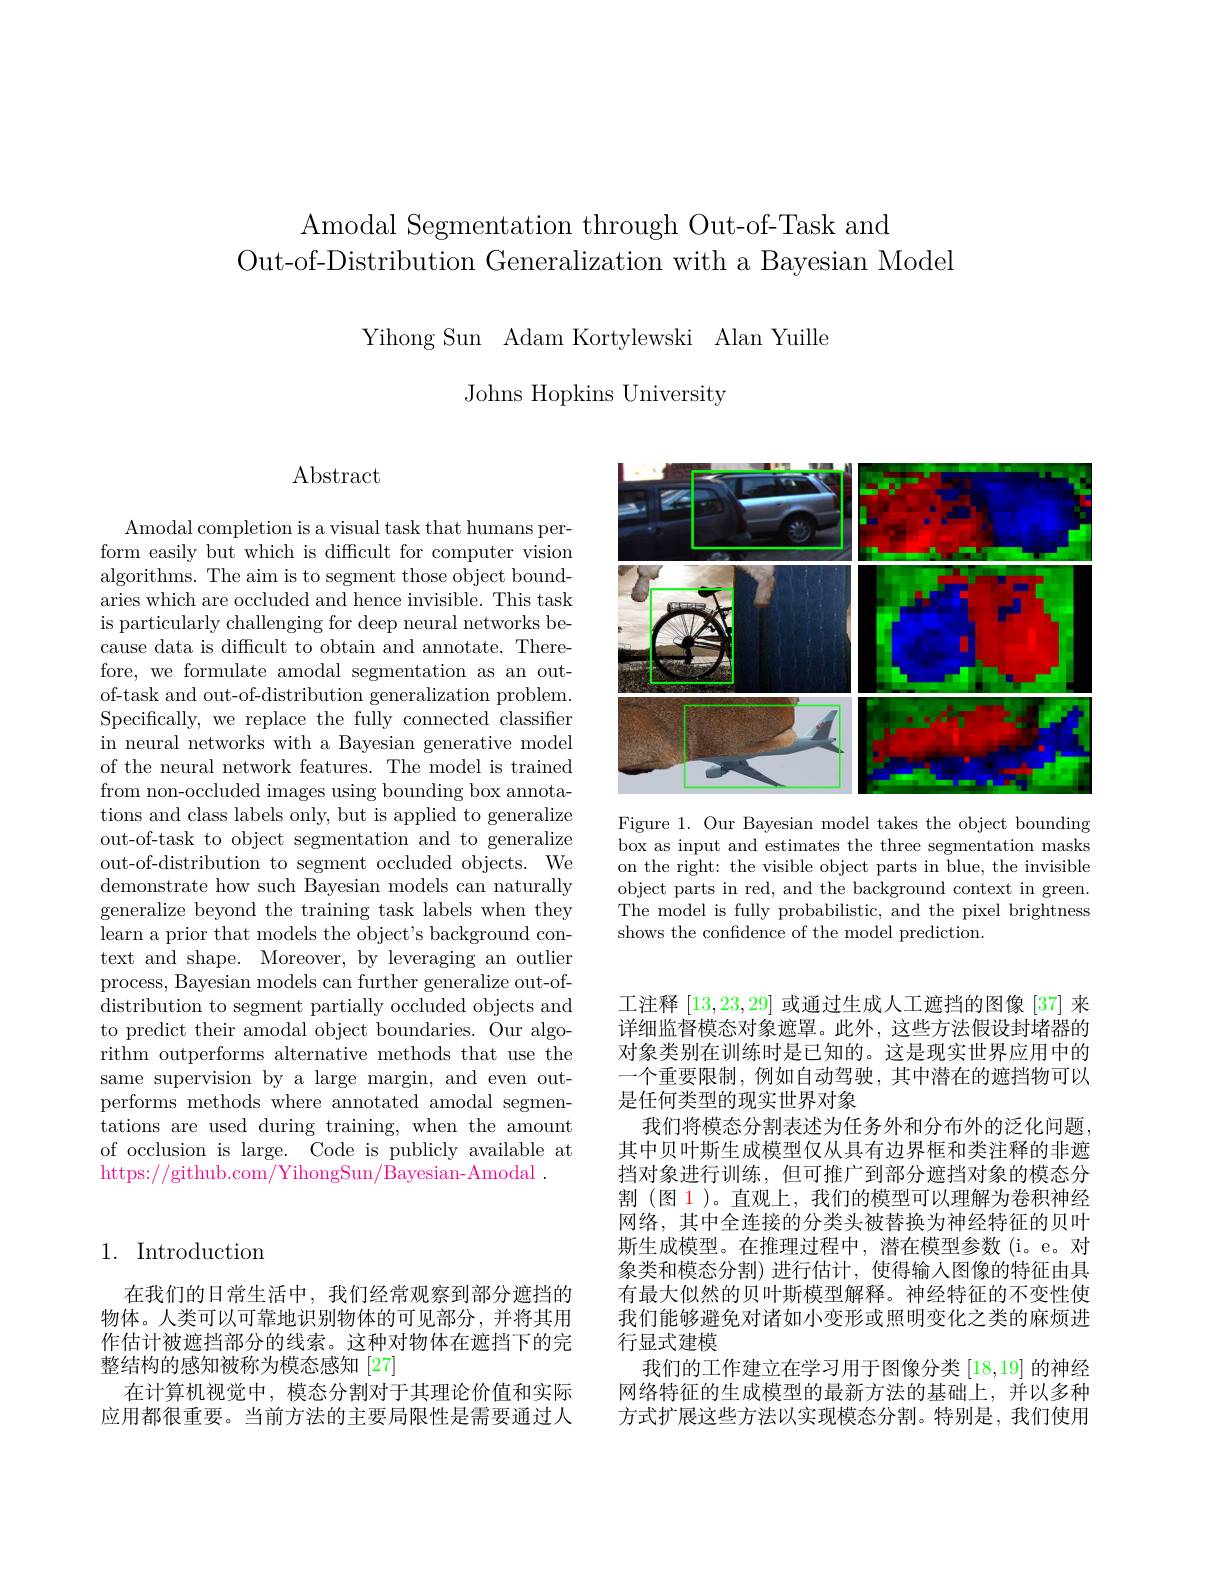
Amodal Segmentation through Out-of-Task and
Out-of-Distribution Generalization with a Bayesian Model

Yihong Sun Adam Kortylewski Alan Yuille
Johns Hopkins University

Abstract

Amodal completion is a visual task that humans perform easily but which is difficult for computer vision algorithms. The aim is to segment those object boundaries which are occluded and hence invisible. This task is particularly challenging for deep neural networks because data is difficult to obtain and annotate. Therefore, we formulate amodal segmentation as an outof-task and out-of-distribution generalization problem. Specifically, we replace the fully connected classifier in neural networks with a Bayesian generative model of the neural network features. The model is trained from non-occluded images using bounding box annotations and class labels only, but is applied to generalize out-of-task to object segmentation and to generalize out-of-distribution to segment occluded objects. We demonstrate how such Bayesian models can naturally generalize beyond the training task labels when they learn a prior that models the object's background context and shape. Moreover, by leveraging an outlier process, Bayesian models can further generalize out-ofdistribution to segment partially occluded objects and to predict their amodal object boundaries. Our algorithm outperforms alternative methods that use the same supervision by a large margin, and even outperforms methods where annotated amodal segmentations are used during training, when the amount of occlusion is large. Code is publicly available at https:$//\bar{\text{github.com/YihongSun/Bayesian-A}\mathrm{modal}}.$

# 1. Introduction

在我们的日常生活中，我们经常观察到部分遮挡的物体。人类可以可靠地识别物体的可见部分，并将其用作估计被遮挡部分的线索。这种对物体在遮挡下的完整结构的感知被称为模态感知[27]
在计算机视觉中，模态分割对于其理论价值和实际应用都很重要。当前方法的主要局限性是需要通过人

<FigureHere>

Figure 1. Our Bayesian model takes the object bounding box as input and estimates the three segmentation masks on the right: the visible object parts in blue, the invisible object parts in red, and the background context in green. The model is fully probabilistic, and the pixel brightness shows the confidence of the model prediction.

工注释|13,23,29|或通过生成人工遮挡的图像 [37] 来详细监督模态对象遮罩。此外，这些方法假设封堵器的对象类别在训练时是已知的。这是现实世界应用中的一个重要限制，例如自动驾驶，其中潜在的遮挡物可以是任何类型的现实世界对象
我们将模态分割表述为任务外和分布外的泛化问题， 其中贝叶斯生成模型仅从具有边界框和类注释的非遮挡对象进行训练，但可推广到部分遮挡对象的模态分割(图 1)。直观上，我们的模型可以理解为卷积神经网络，其中全连接的分类头被替换为神经特征的贝叶斯生成模型。在推理过程中，潜在模型参数(i。e。对象类和模态分割) 进行估计，使得输入图像的特征由具有最大似然的贝叶斯模型解释。神经特征的不变性使我们能够避免对诸如小变形或照明变化之类的麻烦进行显式建模
我们的工作建立在学习用于图像分类[18,19]的神经网络特征的生成模型的最新方法的基础上，并以多种方式扩展这些方法以实现模态分割。特别是，我们使用